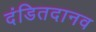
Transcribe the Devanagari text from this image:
दंडितदानव